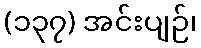
(၁၃၇) အင်းပျဉ်၊